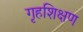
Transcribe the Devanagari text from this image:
गृहशिक्षण